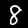
Label: 8